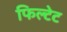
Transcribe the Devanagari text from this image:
फिल्टेट